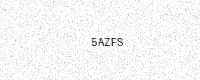
Text: 5AZFS